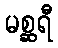
မစ္ဆရီ